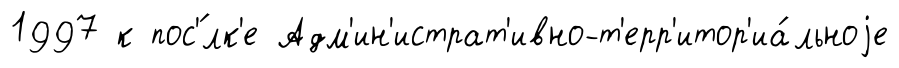
1997 к пос'́лк'е Адм'ин'истрат'ивно-т'ерр'итор'иа́льноjе